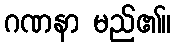
ဂဏနာ မည်၏။